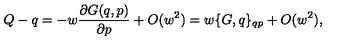
Q - q = - w { \frac { \partial G ( q , p ) } { \partial p } } + O ( w ^ { 2 } ) = w \{ G , q \} _ { q p } + O ( w ^ { 2 } ) ,